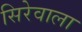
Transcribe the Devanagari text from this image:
सिरेवाला